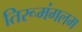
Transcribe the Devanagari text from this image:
तिरूमंगलम